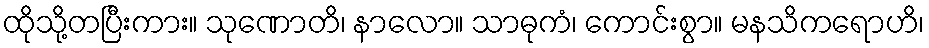
ထိုသို့တပြီးကား။ သုဏောတိ၊ နာလော။ သာဓုကံ၊ ကောင်းစွာ။ မနသိကရောဟိ၊